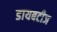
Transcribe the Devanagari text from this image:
डायबटीज